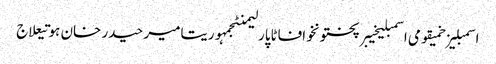
اسمبلیزخمیقومی اسمبلیخیبرپختونخوافاٹاپارلیمنٹجمہوریتامیر حیدر خان ہوتیعلاج